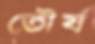
তৌর্য